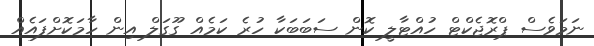
ނަމަވެސް ޕްރޮޖެކްޓް ހުއްޓާލީ ކޮން ސަބަބަކާ ހުރެ ކަމެއް ގޫގަލް އިން ހާމަކޮށްފައެއް